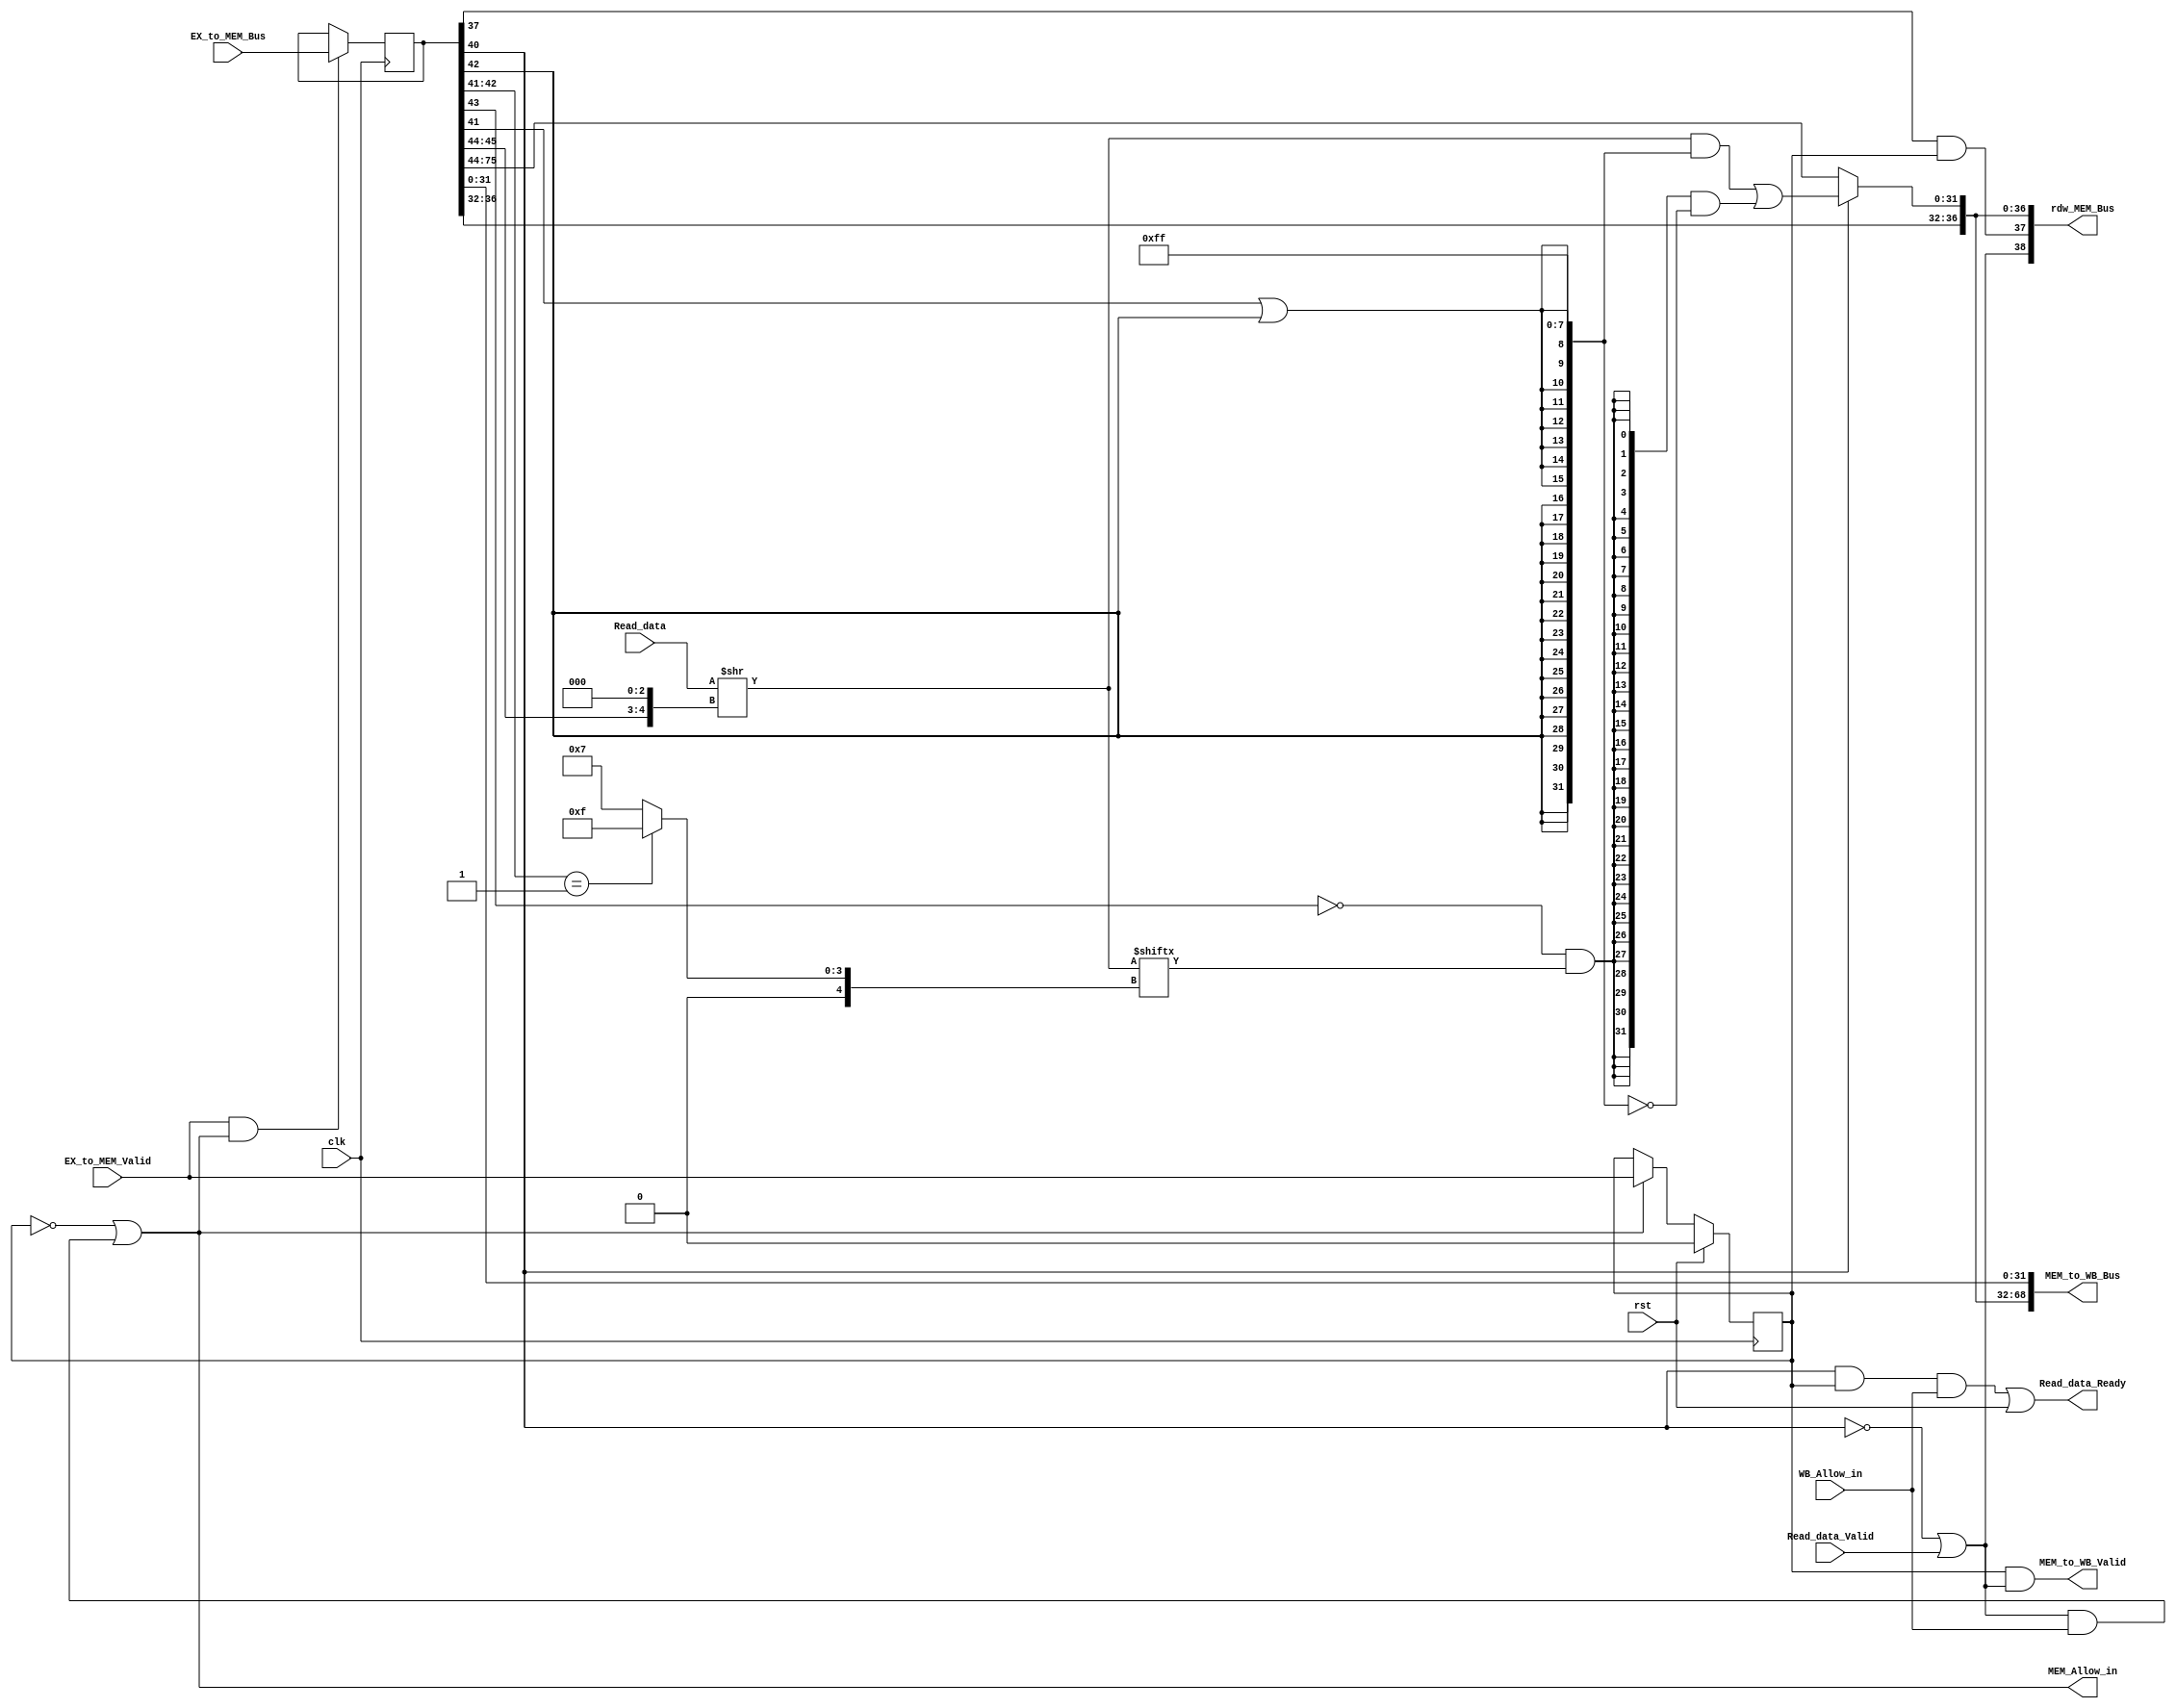
`define EX_TO_MEM_BUS_WD 108
`define MEM_TO_WB_BUS_WD 70
`define RDW_BUS_WD       39

module MEM_State(
        input                            clk,
        input                            rst,
        //Allow_in
        input                            WB_Allow_in,
        output                           MEM_Allow_in,
        //from EX
        input                            EX_to_MEM_Valid,
        input  [`EX_TO_MEM_BUS_WD - 1:0] EX_to_MEM_Bus,
        //to WB
        output                           MEM_to_WB_Valid,
        output [`MEM_TO_WB_BUS_WD - 1:0] MEM_to_WB_Bus,
        //MEM
        input  [31                   :0] Read_data,
        input                            Read_data_Valid,
        output                           Read_data_Ready, 

        //rdw to id/EX
        output [`RDW_BUS_WD - 1:0] rdw_MEM_Bus
);
//
        //HandShake Signal
        reg  MEM_Valid;
        wire MEM_Ready;
        reg  [`EX_TO_MEM_BUS_WD - 1:0] EX_to_MEM_Bus_reg;

        //Other Signals from EX
        wire [31:0]     RF_rdata2;
        wire [2:0]      funct3;
        wire [31:0]     Result;
        wire            LOAD;
        wire            STORE;
        wire            MEM_wen;
        wire            WB_wen;
        wire [4:0]      RF_waddr;
        wire [31:0]     PC;
        
        //Read Data from Memory
        wire [31:0]	Read_data_shifted;
	wire [31:0]	Read_data_masked;
	wire 		Read_data_sign_bit;

        //final Write Back Data
        wire [31:0]     final_result;
        


//
        //MEM_Valid
        always @(posedge clk) begin
                if(rst) begin
                        MEM_Valid <= 1'b0;
                end
                else if(MEM_Allow_in) begin
                        MEM_Valid <= EX_to_MEM_Valid;
                end
        end


        //EX_to_MEM_Bus_reg
        always @(posedge clk) begin
                if(EX_to_MEM_Valid & MEM_Allow_in) begin
                        EX_to_MEM_Bus_reg <= EX_to_MEM_Bus;
                end
        end



//
        //DataPath (EX --> MEM)
        assign {RF_rdata2,      //107:76
                Result,         //75:44
                funct3,         //43:41
                LOAD,           //40:40
                STORE,          //39:39
                MEM_wen,        //38:38
                WB_wen,         //37:37
                RF_waddr,       //36:32
                PC              //31:0
                } = EX_to_MEM_Bus_reg;
        

        //Read Data From Memory
	assign Read_data_shifted 	= Read_data >> {Result[1:0], 3'b0};
	assign Read_data_sign_bit 	= Read_data_shifted[funct3[1:0]==2'b01 ? 15 : 7];//

	assign Read_data_masked 	= Read_data_shifted & {{(16){funct3[1]}}, {(8){funct3[0] | funct3[1]}}, {(8){1'b1}}} |
				         {(32){~funct3[2] & Read_data_sign_bit}} & ~{{(16){funct3[1]}}, {(8){funct3[0] | funct3[1]}}, {(8){1'b1}}}; 
					//


        //
        assign final_result             = LOAD ? Read_data_masked : Result;


        //DataPath (MEM --> ID)
        assign rdw_MEM_Bus =  { MEM_Ready,              //38:38
                                WB_wen & MEM_Valid,     //37:37
                                RF_waddr,               //36:32
                                final_result            //31:0
                                };
        

        //HandShake Signals
        assign MEM_Ready        =  ~LOAD | Read_data_Valid; //LOAD
        assign MEM_Allow_in     =  !MEM_Valid || MEM_Ready && WB_Allow_in; //MEMWB
        assign MEM_to_WB_Valid  =  MEM_Valid & MEM_Ready; //MEM

        assign Read_data_Ready  =  LOAD & MEM_Valid & WB_Allow_in | rst;
        
        
        //DataPath (MEM --> WB)
        assign MEM_to_WB_Bus = {WB_wen,         //69:69
                                RF_waddr,       //68:64
                                final_result,   //63:32
                                PC              //31:0
                                };


endmodule